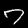
Digit: 7